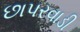
છાપરવાડી